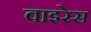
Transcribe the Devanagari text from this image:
वाइरेस